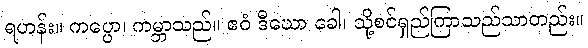
ရဟန်း။ ကပ္ပော၊ ကမ္ဘာသည်။ ဧဝံ ဒီဃော ခေါ၊ သို့စင်ရှည်ကြာသည်သာတည်း။